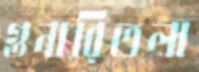
গুনারিতলা